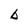
Character: b